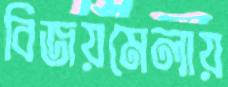
বিজয়মেলায়